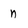
Character: n